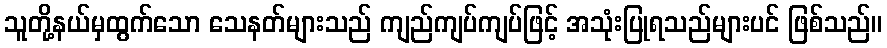
သူတို့နယ်မှထွက်သော သေနတ်များသည် ကျည်ကျပ်ကျပ်ဖြင့် အသုံးပြုရသည်များပင် ဖြစ်သည်။